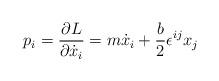
LaTeX: \begin{align*}p_i={\partial L\over \partial\dot{x}_i}=m\dot{x}_i+\frac{b}{2}\epsilon^{ij}x_j\end{align*}